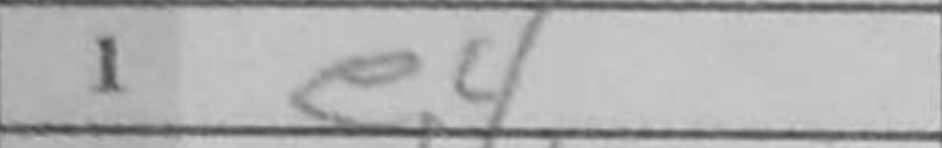
Transcription: e4